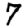
Digit: 7